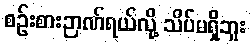
စဉ်းစားဉာဏ်ရယ်လို့ သိပ်မရှိဘူး